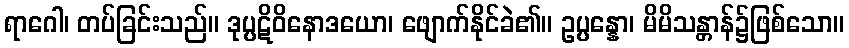
ရာဂေါ၊ တပ်ခြင်းသည်။ ဒုပ္ပဋိဝိနောဒယော၊ ဖျောက်နိုင်ခဲ၏။ ဥပ္ပန္နော၊ မိမိသန္တာန်၌ဖြစ်သော။